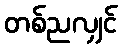
တစ်ညလျှင်